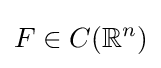
F\in C(\mathbb {R} ^{n})